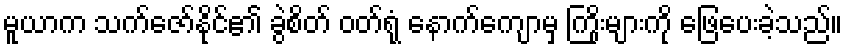
မူယာက သက်ဇော်နိုင်၏ ခွဲစိတ် ဝတ်ရုံ နောက်ကျောမှ ကြိုးများကို ဖြေပေးခဲ့သည်။